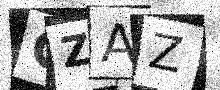
Text: GZAZ